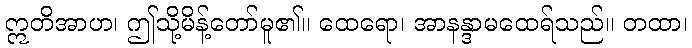
ဣတိအာဟ၊ ဤသို့မိန့်တော်မူ၏။ ထေရော၊ အာနန္ဒာမထေရ်သည်။ တထာ၊